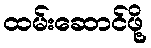
ထမ်းဆောင်ဖို့